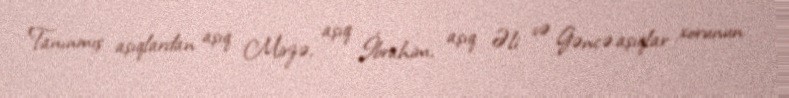
Tanınmış aşıqlardan aşıq Mirzə, aşıq İbrahim, aşıq Əli və Gəncə aşıqlar xorunun